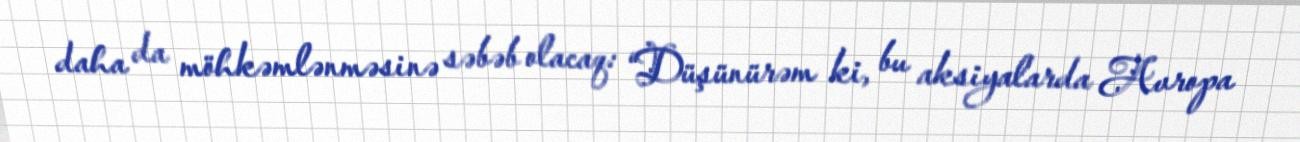
daha da möhkəmlənməsinə səbəb olacaq: “Düşünürəm ki, bu aksiyalarda Avropa